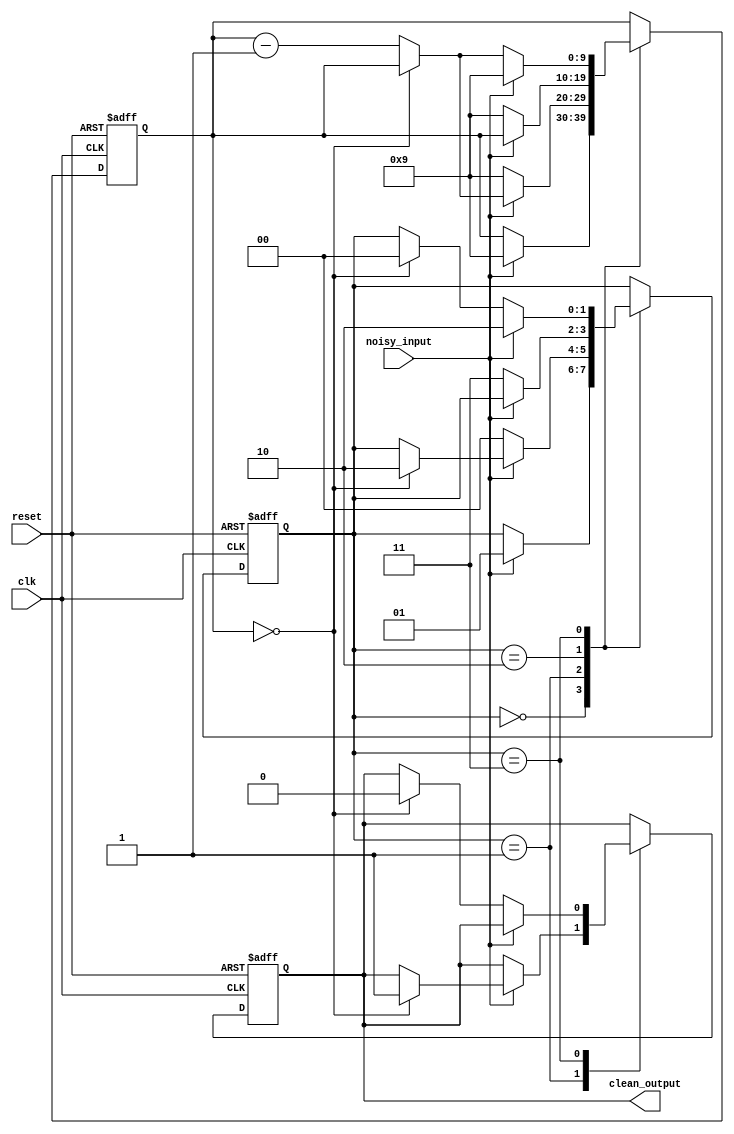
module debounce_circuit(
    input clk,
    input reset,
    input noisy_input,
    output reg clean_output
);

parameter debounce_cycles = 10; // Number of clock cycles to debounce the input

reg [debounce_cycles-1:0] debounce_counter; // Counter to keep track of debounce cycles
reg [1:0] state; // State machine to track the current state of the input signal

always @(posedge clk or posedge reset) begin
    if (reset) begin
        debounce_counter <= 0;
        state <= 2'b00; // Initialize state machine
        clean_output <= 0; // Initialize output signal
    end else begin
        case (state)
            2'b00: begin // State 0: Input is low
                if (noisy_input) begin
                    state <= 2'b01; // Transition to state 1
                    debounce_counter <= debounce_cycles - 1;
                end
            end
            2'b01: begin // State 1: Input is high
                if (!noisy_input) begin
                    state <= 2'b00; // Transition back to state 0
                    debounce_counter <= debounce_cycles - 1;
                end else if (debounce_counter == 0) begin
                    state <= 2'b10; // Transition to state 2
                    clean_output <= 1; // Set clean output signal
                end else begin
                    debounce_counter <= debounce_counter - 1;
                end
            end
            2'b10: begin // State 2: Output is high
                if (!noisy_input) begin
                    state <= 2'b11; // Transition to state 3
                    debounce_counter <= debounce_cycles - 1;
                end
            end
            2'b11: begin // State 3: Input is low
                if (noisy_input) begin
                    state <= 2'b10; // Transition back to state 2
                    debounce_counter <= debounce_cycles - 1;
                end else if (debounce_counter == 0) begin
                    state <= 2'b00; // Transition back to state 0
                    clean_output <= 0; // Reset clean output signal
                end else begin
                    debounce_counter <= debounce_counter - 1;
                end
            end
        endcase
    end
end

endmodule